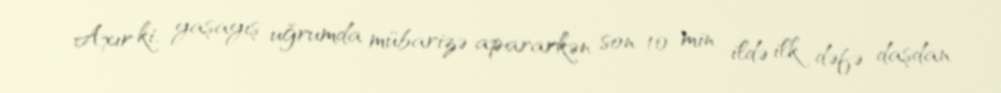
Axır ki, yaşayış uğrumda mübarizə apararkən son 10 min ildə ilk dəfə daşdan